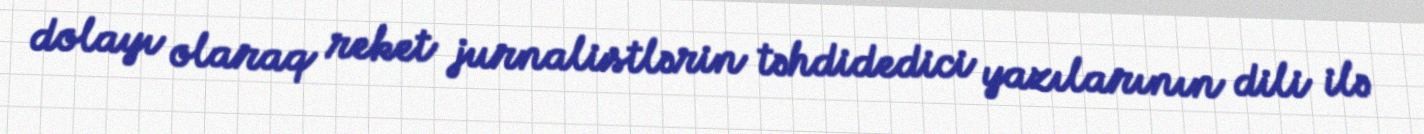
dolayı olaraq reket jurnalistlərin təhdidedici yazılarının dili ilə